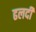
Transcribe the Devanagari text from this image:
ढलदी